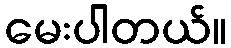
မေးပါတယ်။